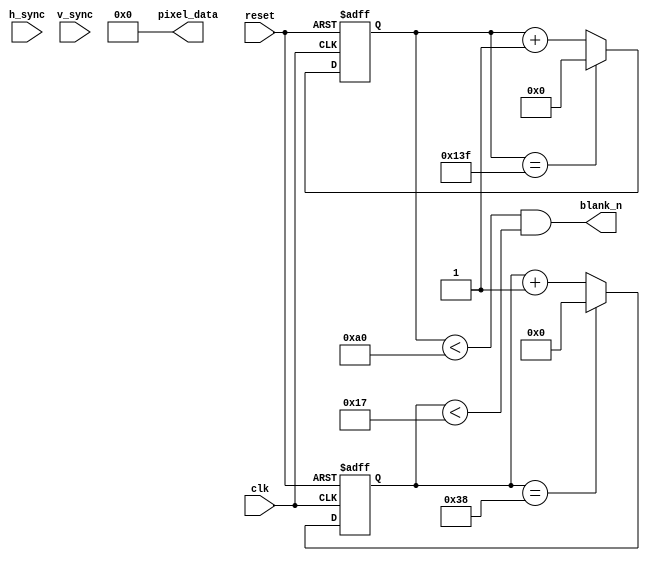
module vga_controller (
  input wire clk,
  input wire reset,
  input wire [10:0] h_sync,
  input wire [9:0] v_sync,
  output wire blank_n,
  output wire [11:0] pixel_data
);

reg [10:0] h_counter;
reg [9:0] v_counter;
reg [7:0] pixel_color;

// Timing parameters for VGA display
parameter H_BLANK = 160;
parameter H_FRONT_PORCH = 16;
parameter H_SYNC = 96;
parameter H_BACK_PORCH = 48;
parameter V_BLANK = 23;
parameter V_FRONT_PORCH = 10;
parameter V_SYNC = 2;
parameter V_BACK_PORCH = 22;

// Horizontal synchronization module
always @ (posedge clk or posedge reset) begin
  if (reset) begin
    h_counter <= 0;
  end else begin
    if (h_counter == H_BLANK+H_FRONT_PORCH+H_SYNC+H_BACK_PORCH-1) begin
      h_counter <= 0;
    end else begin
      h_counter <= h_counter + 1;
    end
  end
end

// Vertical synchronization module
always @ (posedge clk or posedge reset) begin
  if (reset) begin
    v_counter <= 0;
  end else begin
    if (v_counter == V_BLANK+V_FRONT_PORCH+V_SYNC+V_BACK_PORCH-1) begin
      v_counter <= 0;
    end else begin
      v_counter <= v_counter + 1;
    end
  end
end

// Pixel color generation based on current coordinate
always @ (*) begin
  case ({h_counter, v_counter})
    // Pixel color calculation based on coordinates
    // Add your logic here for generating pixel color
    default:
      pixel_color = 8'b00000000; // Default to black color
  endcase
end

// Output the pixel data to the VGA display
assign blank_n = (h_counter < H_BLANK) && (v_counter < V_BLANK);
assign pixel_data = {pixel_color, pixel_color, pixel_color};

endmodule